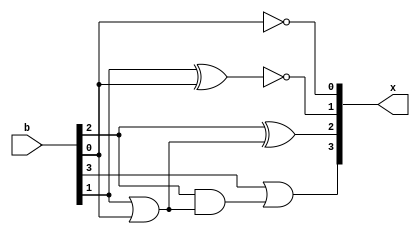
module BCD_to_xs3(b,x);
input [3:0]b;
output [3:0]x;
wire w,y;
not(x[0],b[0]);

xnor(x[1],b[1],b[0]);

or(w,b[1],b[0]);
xor(x[2],b[2],w);

and(y,b[2],w);
or(x[3],b[3],y);
endmodule

module TB_BX();
reg [3:0]b;
wire [3:0]x;
BCD_to_xs3 BX1(b,x);
initial begin
#0 b=4'd0;
#100 b=4'd1;
#100 b=4'd2;
#100 b=4'd3;
#100 b=4'd4;
#100 b=4'd5;
#100 b=4'd6;
#100 b=4'd7;
#100 b=4'd8;
#100 b=4'd9;
#100 b=4'd10;
#100 b=4'd11;
#100 b=4'd12;
#100 b=4'd13;
#100 b=4'd14;
#100 b=4'd15;
end
endmodule